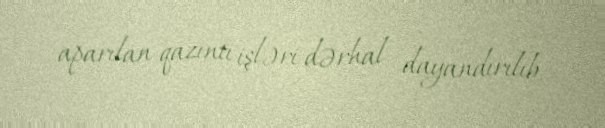
aparılan qazıntı işləri dərhal dayandırılıb.